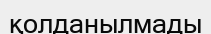
қолданылмады